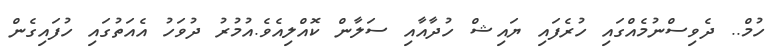
ހުމް.. ދެވިސްނުމެއްގައި ހުރެފައި ޔައިޝް ހުދާއާއި ސަލާން ކޮއްލިއެވެ.އުމުރު ދުވަހު އެއަތުގައި ހުފައިގެން